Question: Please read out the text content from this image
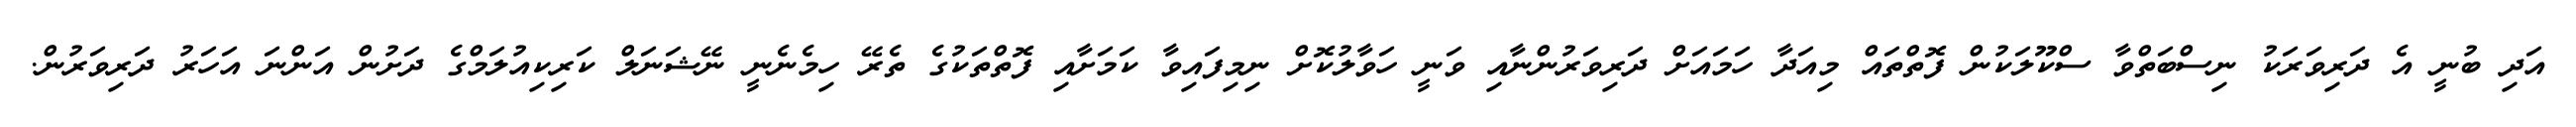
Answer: އަދި ބުނީ އެ ދަރިވަރަކު ނިސްބަތްވާ ސްކޫލަކުން ފޮތްތައް މިއަދާ ހަމައަށް ދަރިވަރުންނާއި ވަނީ ހަވާލުކޮށް ނިމިފައިވާ ކަމަށާއި ފޮތްތަކުގެ ތެރޭ ހިމެނެނީ ނޭޝަނަލް ކަރިކިއުލަމްގެ ދަށުން އަންނަ އަހަރު ދަރިވަރުން.